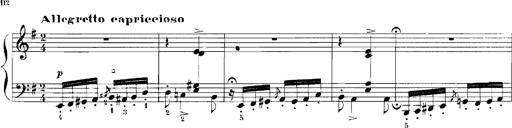
Title: Rhapsodies hongroises
Composer: Franz Liszt